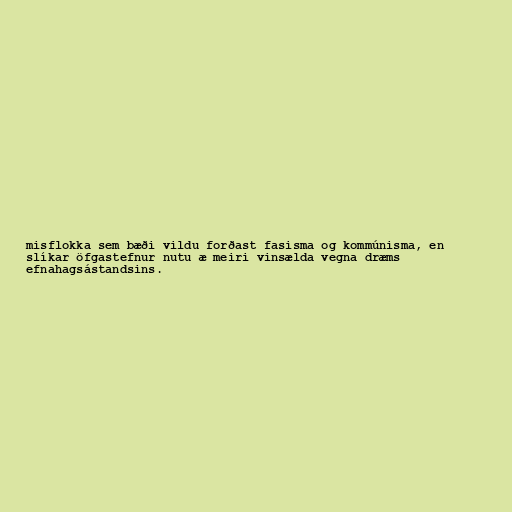
misflokka sem bæði vildu forðast fasisma og kommúnisma, en
slíkar öfgastefnur nutu æ meiri vinsælda vegna dræms
efnahagsástandsins.